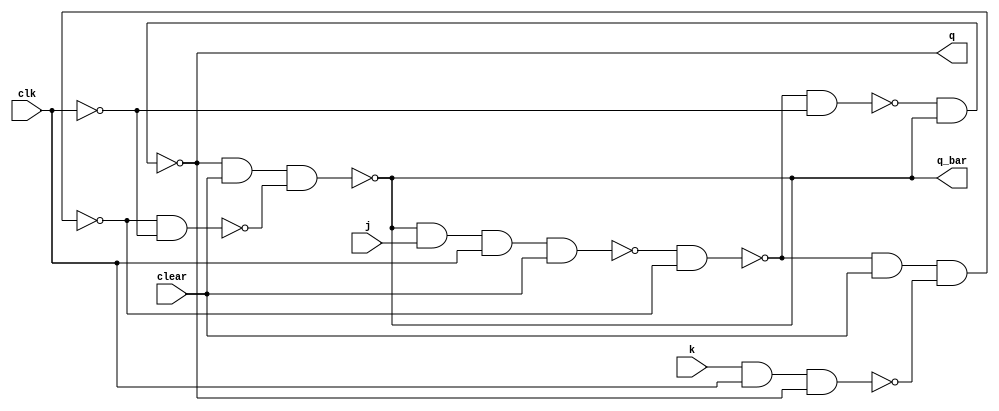
module jk_flip_flop(q, q_bar, j, k, clear, clk);
	input j, k, clear, clk;
	output q, q_bar;
	wire a, b, c, d, e, f;
	nand(a, q_bar, j, clk, clear);
	nand(b, k, clk, q);
	nand(c, a, d);
	nand(d, c, clear, b);
	not(clk_bar, clk);
	nand(e, c, clk_bar);
	nand(f, d, clk_bar);
	nand(q, e, q_bar);
	nand(q_bar, q, clear, f);
endmodule